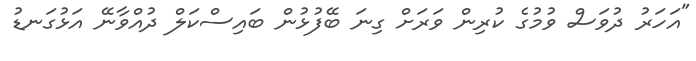
"އަހަރު ދުވަސް ވުމުގެ ކުރިން ވަރަށް ގިނަ ބޭފުޅުން ބައިސްކަލް ދުއްވާނޭ އަޅުގަނޑު